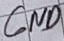
Text: GND